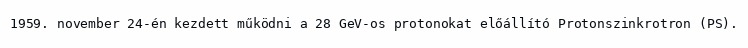
1959. november 24-én kezdett működni a 28 GeV-os protonokat előállító Protonszinkrotron (PS).